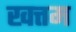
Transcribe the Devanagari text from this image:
खत्तम